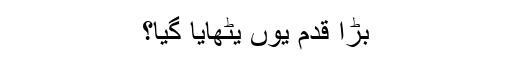
بڑا قدم یوں یٹھایا گیا؟